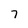
Character: 7